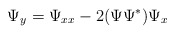
\begin{align*}\Psi_{y}= \Psi_{xx}-2 (\Psi \Psi^* ) \Psi_x\end{align*}